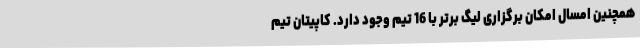
همچنین امسال امکان برگزاری لیگ برتر با 16 تیم وجود دارد. کاپیتان تیم